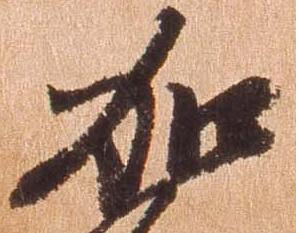
加